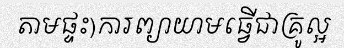
តាមផ្ទះ)ការព្យាយាមធ្វើជាគ្រូល្អ